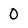
Character: 0